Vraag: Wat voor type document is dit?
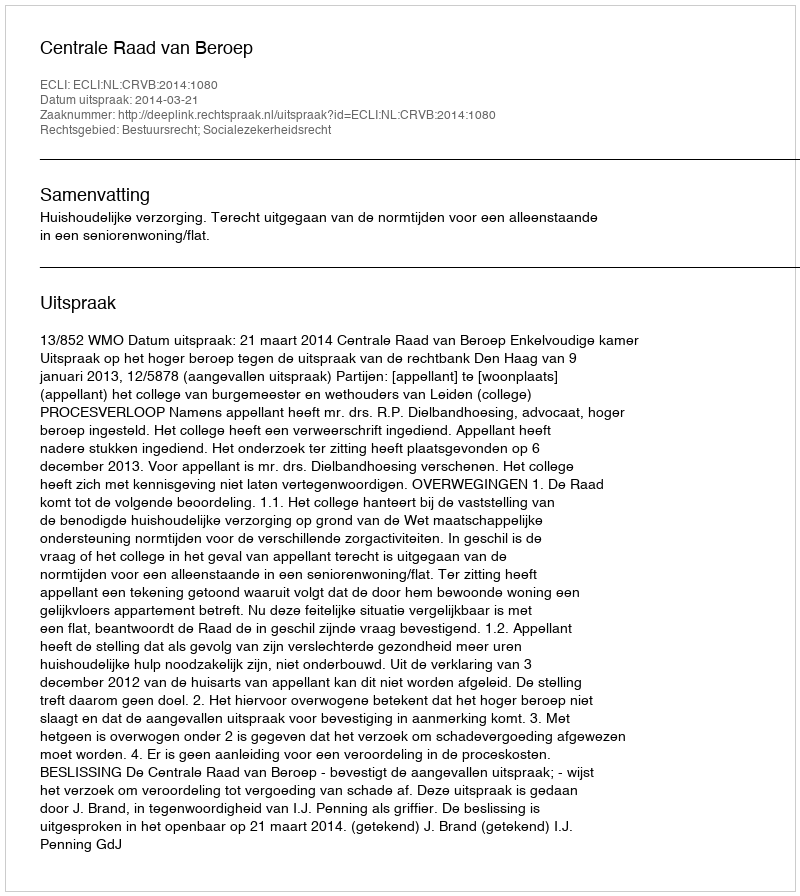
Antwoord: Uitspraak